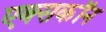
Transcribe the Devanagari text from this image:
एक्सकॉन